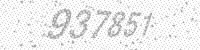
Solution: 937851